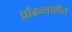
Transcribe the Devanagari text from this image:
प्रौढव्यक्तीत